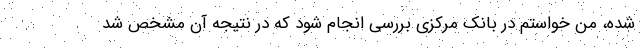
شده، من خواستم در بانک مرکزی بررسی انجام شود که در نتیجه آن مشخص شد